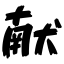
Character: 献